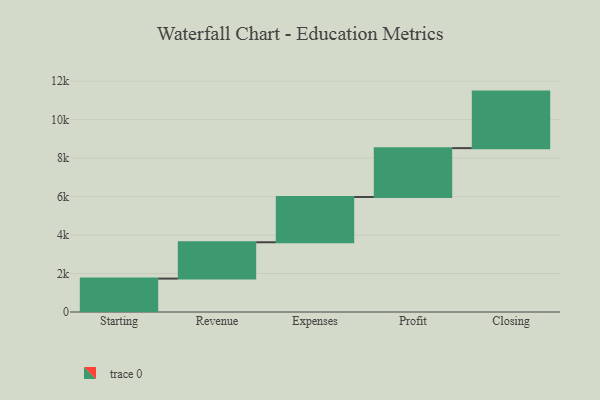
{"axis": {"x": "Step", "y": "Value"}, "legend": [""], "data": [{"x": "Starting", "y": 1736.0, "type": ""}, {"x": "Revenue", "y": 1889.0, "type": ""}, {"x": "Expenses", "y": 2351.0, "type": ""}, {"x": "Profit", "y": 2541.0, "type": ""}, {"x": "Closing", "y": 2939.0, "type": ""}]}